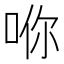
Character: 𪡇